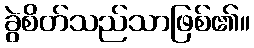
ခွဲစိတ်သည်သာဖြစ်၏။